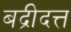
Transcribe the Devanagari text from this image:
बद्रीदत्त